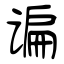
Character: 谝